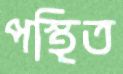
পস্থিত